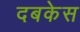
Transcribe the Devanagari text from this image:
दबकेस